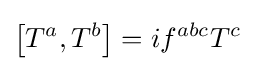
\left[T^{a},T^{b}\right]=if^{abc}T^{c}